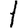
Digit: 1